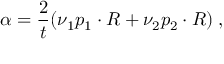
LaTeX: \alpha = \frac { 2 } { t } ( \nu _ { 1 } p _ { 1 } \cdot R + \nu _ { 2 } p _ { 2 } \cdot R ) \; ,